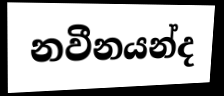
නවීනයන්ද